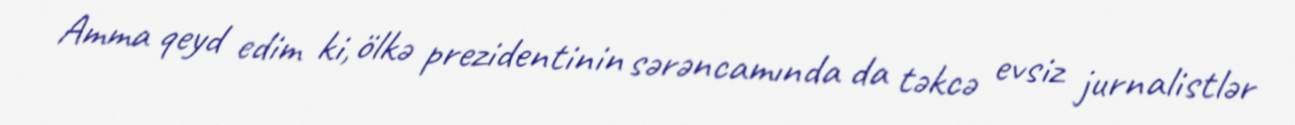
Amma qeyd edim ki, ölkə prezidentinin sərəncamında da təkcə evsiz jurnalistlər